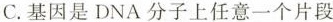
C.基因是DNA分子上任意一个片段